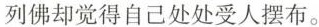
列佛却觉得自己处处受人摆布。